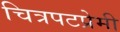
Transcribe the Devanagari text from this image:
चित्रपटप्रेमी